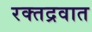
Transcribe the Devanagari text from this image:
रक्तद्रवात